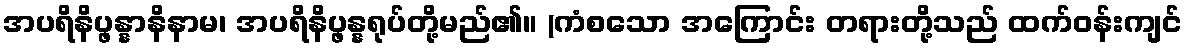
အပရိနိပ္ဖန္နာနိနာမ၊ အပရိနိပ္ဖန္နရုပ်တို့မည်၏။ (ကံစသော အကြောင်း တရားတို့သည် ထက်ဝန်းကျင်